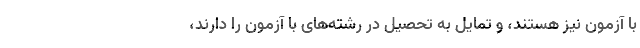
با آزمون نیز هستند، و تمایل به تحصیل در رشته‌های با آزمون را دارند،